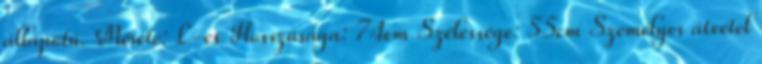
állapotú. Mérete: L-es Hosszúsága: 74cm Szélessége: 55cm Személyes átvétel